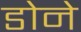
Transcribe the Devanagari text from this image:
डोने